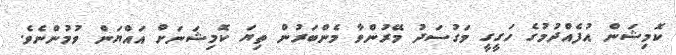
ކޮމިޝަން އުފެއްދުމުގެ ހަގީގީ މަގުސަދު މޭރުންވާ މެންބަރުން ތިޔަ ކޮމިޝަނަށް އައްޔަން ވުމުންނެވެ.